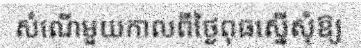
សំណើមួយកាលពីថ្ងៃពុធស្នើសុំឱ្យ